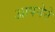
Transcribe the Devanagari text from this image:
आपनेने